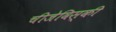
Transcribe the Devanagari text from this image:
चीजेविस्की